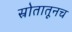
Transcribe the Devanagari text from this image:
स्रोतातूनच